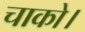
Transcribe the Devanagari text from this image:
चाको।